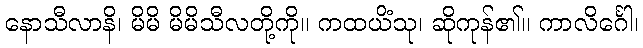
နောသီလာနိ၊ မိမိ မိမိသီလတို့ကို။ ကထယိံသု၊ ဆိုကုန်၏။ ကာလိင်္ဂေါ၊